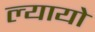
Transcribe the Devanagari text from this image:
ल्यायो